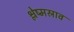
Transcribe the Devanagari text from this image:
श्लेष्मस्राव